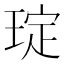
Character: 琔